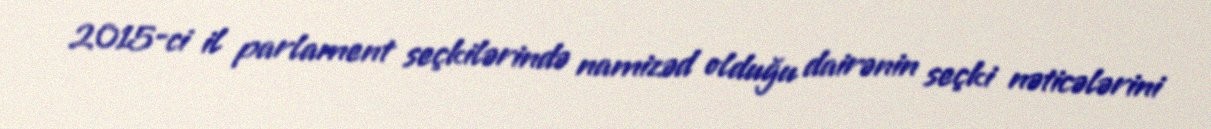
2015-ci il parlament seçkilərində namizəd olduğu dairənin seçki nəticələrini